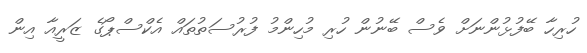
ހުރިހާ ބޭފުޅުންނަށް ވެސް ބޭނުން ހުރި މުހިންމު ފުރުސަތުތައް އެކްސްޕޯގެ ޒަރީއާ އިން